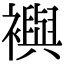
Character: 𧞏